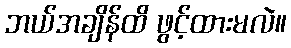
ဘယ်အချိန်ထိ ဖွင့်ထားမလဲ။